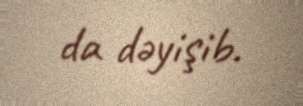
da dəyişib.